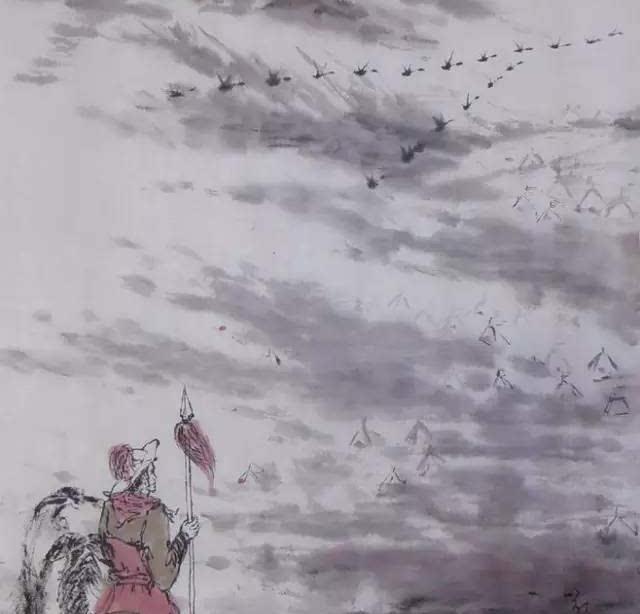
鸟飞反故乡兮，狐死必首丘。